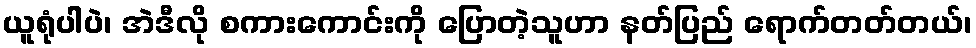
ယူရုံပါပဲ၊ အဲဒီလို စကားကောင်းကို ပြောတဲ့သူဟာ နတ်ပြည် ရောက်တတ်တယ်၊